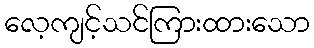
လေ့ကျင့်သင်ကြားထားသော